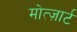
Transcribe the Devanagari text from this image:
मोत्ज़ार्ट